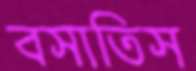
বসাতিস